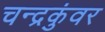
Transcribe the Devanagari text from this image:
चन्द्रकुंवर